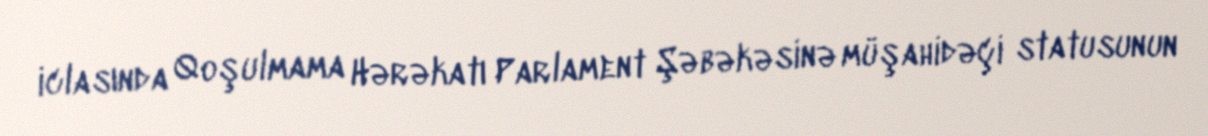
iclasında Qoşulmama Hərəkatı Parlament Şəbəkəsinə müşahidəçi statusunun